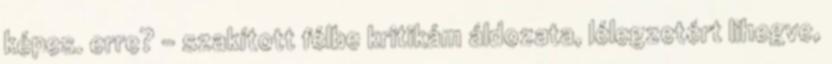
képes. erre? - szakított félbe kritikám áldozata, lélegzetért lihegve,